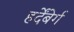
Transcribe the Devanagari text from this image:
हर्देंबेर्ग